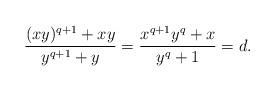
LaTeX: \begin{align*}\frac{(xy)^{q+1} + xy}{y^{q+1} + y} = \frac{x^{q+1}y^q + x}{y^{q} + 1} = d.\end{align*}